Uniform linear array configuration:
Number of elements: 24
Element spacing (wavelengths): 1
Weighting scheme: hamming
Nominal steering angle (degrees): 30
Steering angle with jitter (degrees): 30.629
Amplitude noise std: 0.05
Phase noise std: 0.05

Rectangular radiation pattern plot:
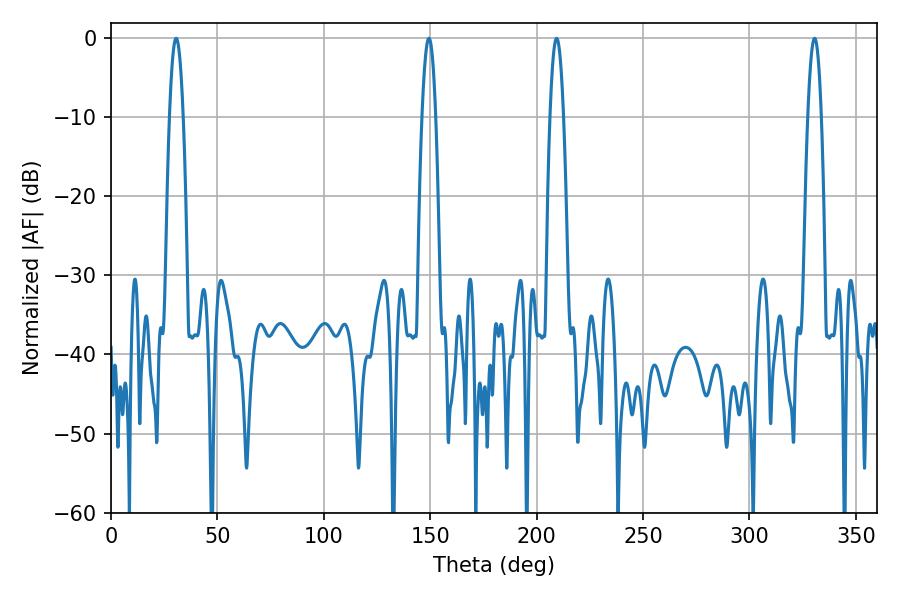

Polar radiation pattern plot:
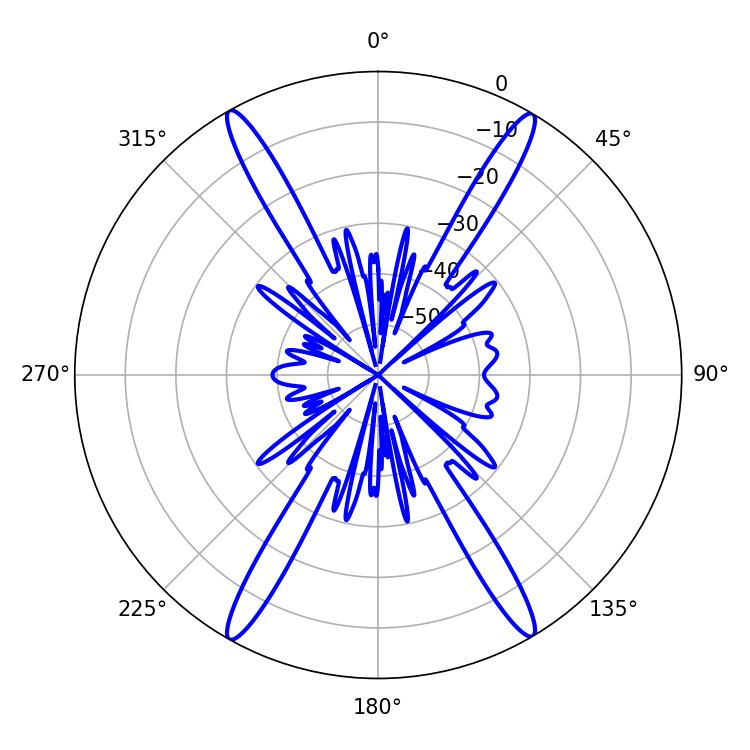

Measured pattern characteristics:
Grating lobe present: TRUE
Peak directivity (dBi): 27.601
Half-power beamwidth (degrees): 3.6
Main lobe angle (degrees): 149.4